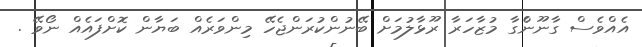
އެއްވެސް ގާނޫނެްގާ މުޒާހަރާ ރޫޅާލުމަށް ބޭނުންކުރަންޖެހޭ މިންވަރެއް ބަޔާން ކޮށްފައެއް ނޯވޭ .